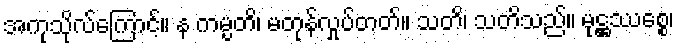
အကုသိုလ်ကြောင့်။ န ကမ္ပတိ၊ မတုန်လှုပ်တတ်။ သတိ၊ သတိသည်။ မုဋ္ဌဿစ္စေ၊